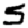
Digit: 5